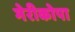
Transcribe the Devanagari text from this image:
मेरीकोपा